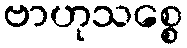
ဗာဟုသစ္စေ